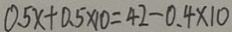
0 . 5 x + 0 . 5 \times 1 0 = 4 2 - 0 . 4 \times 1 0